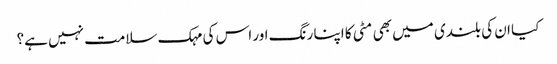
کیا ان کی بلندی میں بھی مٹی کا اپنا رنگ اور اس کی مہک سلامت نہیں ہے؟